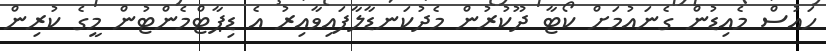
ހައުސް މެއިޑުން ގެނައުމަށް ކޯޓާ ދޫކުރުން މެދުކަނޑާލާފައިވާއިރު އެ ޑިޕާޓްމެންޓުން މީގެ ކުރިން